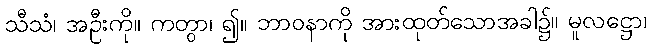
သီသံ၊ အဦးကို။ ကတွာ၊ ၍။ ဘာဝနာကို အားထုတ်သောအခါ၌။ မူလဋ္ဌော၊